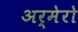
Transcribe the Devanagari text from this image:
अर्मेरो